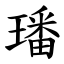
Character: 璠